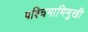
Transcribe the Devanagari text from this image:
पश्चिमाभिमुखी